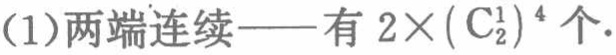
(1)两端连续——有 \(2\times(\mathrm{C}_{2}^{1})^{4}\) 个.